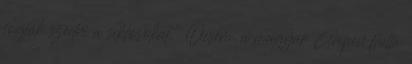
fogják szedni a siklósokat.” Öcsém, a magyar Gripen flotta